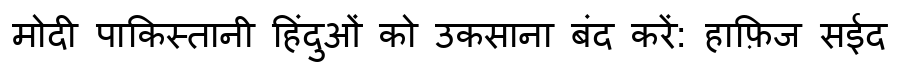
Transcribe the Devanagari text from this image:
मोदी पाकिस्तानी हिंदुओं को उकसाना बंद करें: हाफ़िज सईद